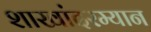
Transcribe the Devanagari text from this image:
शाखांदरम्यान